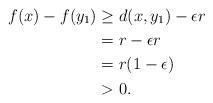
LaTeX: \begin{align*} f(x)-f(y_1)&\geq d(x,y_1)-\epsilon r \\& =r-\epsilon r\\&=r(1-\epsilon )\\&>0.\end{align*}